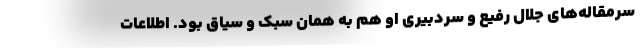
سرمقاله‌های جلال رفیع و سردبیری او هم به همان سبک و سیاق بود. اطلاعات